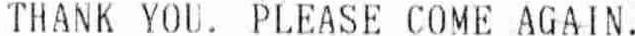
THANK YOU. PLEASE COME AGAIN.